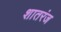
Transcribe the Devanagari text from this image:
शातरंज